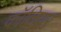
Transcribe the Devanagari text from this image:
कॉलियर